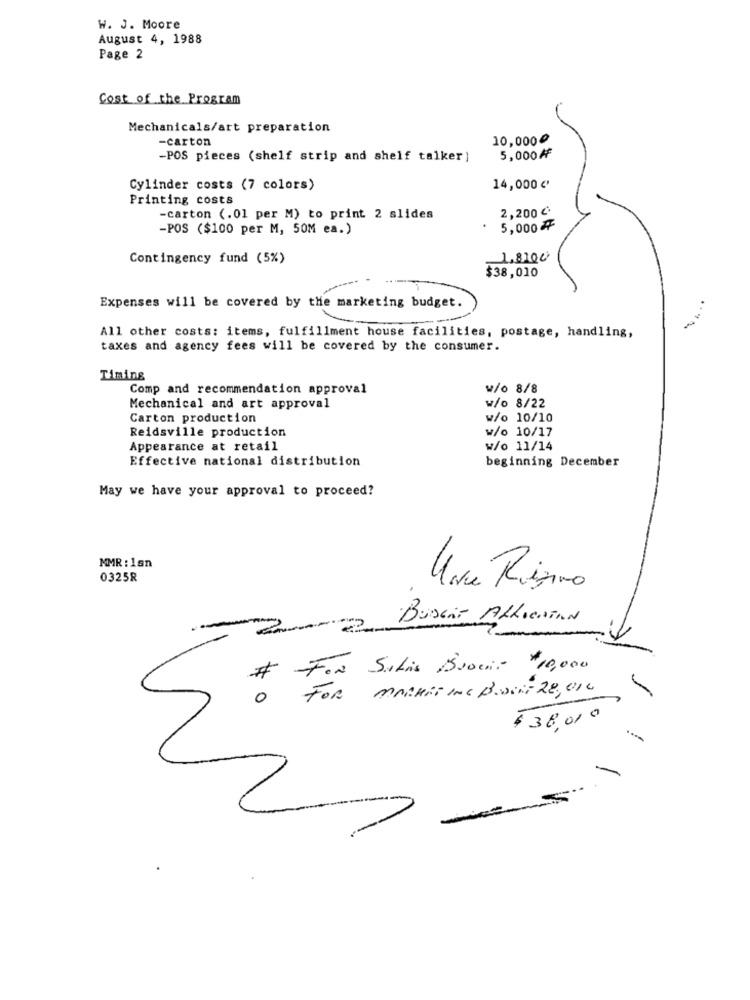
W. J. Moore
August 4, 1988
Page 2
Cost of the Program
Mechanicals/art preparation
-carton
10,0000
-POS pieces (shelf strip and shelf talker ]
5,000₦
Cylinder costs (7 colors)
14,000 €'
Printing costs
2,200 €
-carton (.01 per M) to print 2 slides
-POS ($100 per M, 50M ea.)
5,000₦
Contingency fund (5%)
1,8100
$38,010
Expenses will be covered by the marketing budget.
All other costs: items, fulfillment house facilities, postage, handling,
taxes and agency fees will be covered by the consumer.
Timing
Comp and recommendation approval
w/o 8/8
Mechanical and art approval
w/o 8/22
Carton production
w/o 10/10
Reidsville production
w/o 10/17
Appearance at retail
w/o 11/14
Effective national distribution
beginning December
May we have your approval to proceed?
MMR : 1sn
0325R
Una Rigino
BuDon't ALLOCATION
-
Fox Sitis Broche $10,000
FOR MARKETING BASERT 28, 010
0
$38,000